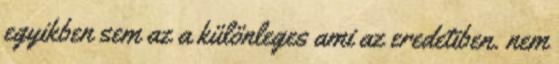
egyikben sem az a különleges ami az eredetiben. nem